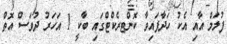
ފުލަމް އާއި އެކު ހަދާފައިވާ ކޮންޓރެކްޓްގައި ބާކީ 1 އަހަރު ދުވަސް އޮތް